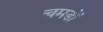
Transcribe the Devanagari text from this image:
चमडों